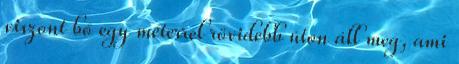
viszont bő egy méterrel rövidebb úton áll meg, ami